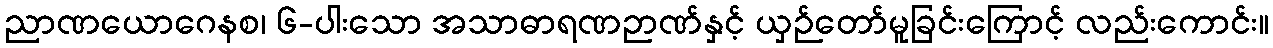
ညာဏယောဂေနစ၊ ၆-ပါးသော အသာဓာရဏဉာဏ်နှင့် ယှဉ်တော်မူခြင်းကြောင့် လည်းကောင်း။